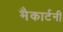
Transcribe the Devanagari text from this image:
मैकार्टनी